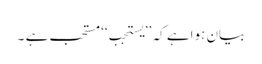
بیان ہواہے کہ ’’یستجب‘‘ مستحب ہے ۔